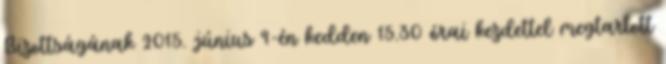
Bizottságának 2015. június 9-én kedden 15.30 órai kezdettel megtartott